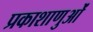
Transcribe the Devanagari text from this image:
प्रकाशाणुओं